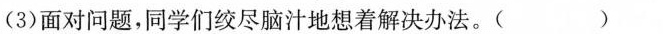
(3)面对问题，同学们绞尽脑汁地想着解决办法。( )